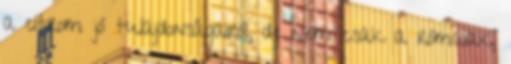
a citrom jó tulajdonságairól, de nem csak a rómaiak,